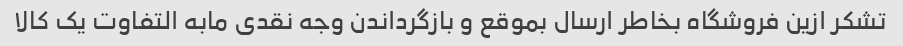
تشکر ازین فروشگاه بخاطر ارسال بموقع و بازگرداندن وجه نقدی مابه التفاوت یک کالا